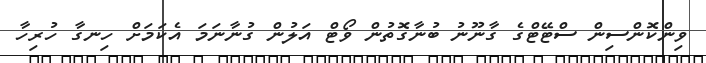
ވިންކޮންސިން ސްޓޭޓްގެ ގާނޫނު ބުނާގޮތުން ވޯޓް އަލުން ގުނާނަމަ އެކަމަށް ހިނގާ ހުރިހާ